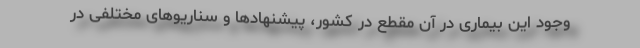
وجود این بیماری در آن مقطع در کشور، پیشنهادها و سناریوهای مختلفی در